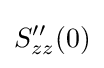
S''_{zz}(0)